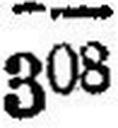
308